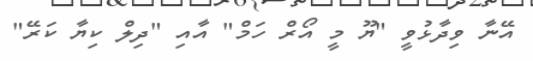
އޭނާ ވިދާޅުވީ "ޔޫ މީ އޯރް ހަމް" އާއި "ދިލް ކިޔާ ކަރޭ"